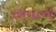
છાયાએ